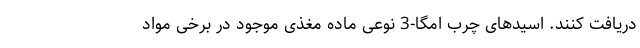
دریافت کنند. اسیدهای چرب امگا-3 نوعی ماده مغذی موجود در برخی مواد